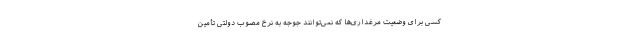
کسی برای وضعیت مرغداری‌ها که نمی‌توانند جوجه به نرخ مصوب دولتی تأمین